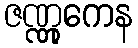
ဇဏ္ဏုကေန